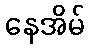
နေအိမ်